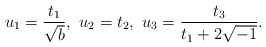
\begin{align*}u_1=\frac{t_1}{\sqrt{b}},\ u_2=t_2,\ u_3=\frac{t_3}{t_1+2\sqrt{-1}}.\end{align*}